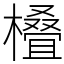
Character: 𣜖